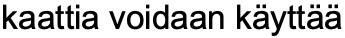
kaattia voidaan käyttää